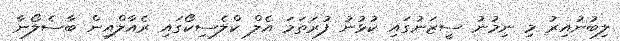
ލިބުނުއިރު މި ނިމުނު ސީޒަނުގައި ކުޅުނު ފުރަތަމަ އެލް ކްލެސިކޯގައި ރެއާލްއިން ބާސެލޯނާ